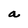
Character: a